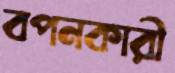
বপনকারী